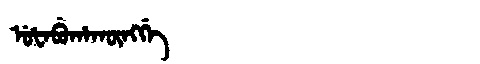
Manchu: ᡠᡶᠠᠪᡠᡥᠠᡴᡡᠩᡤᡝ
Romanization: UFABUHAKŪNGGE